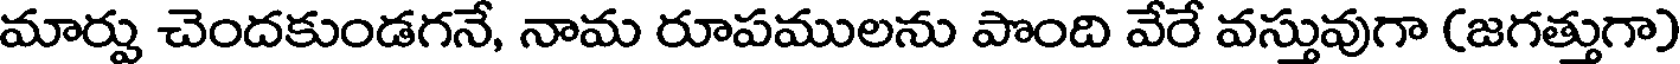
మార్పు చెందకుండగనే, నామ రూపములను పొంది వేరే వస్తువుగా (జగత్తుగా)